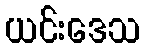
ယင်းဒေသ